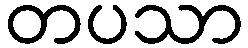
တပသာ